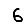
Digit: 6